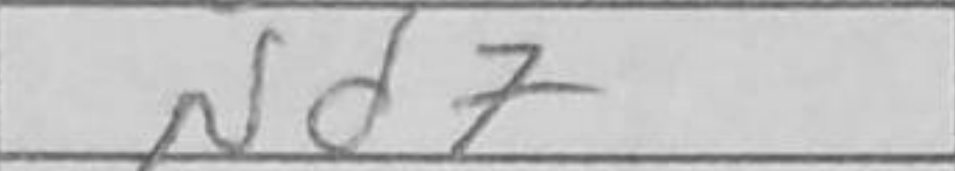
Transcription: Nd7